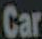
Car